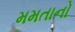
મમતાનો